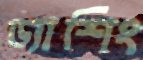
ড্যাশিং